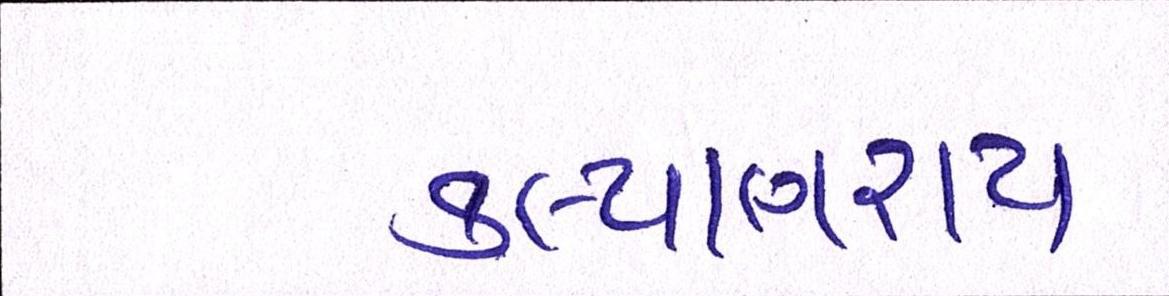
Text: કલ્યાણરાય